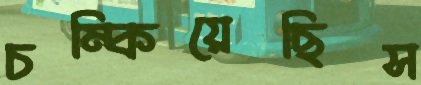
চম্‌কিয়েছিস